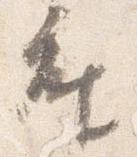
座